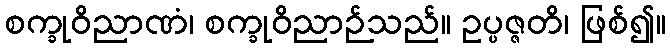
စက္ခုဝိညာဏံ၊ စက္ခုဝိညာဉ်သည်။ ဥပ္ပဇ္ဇတိ၊ ဖြစ်၍။